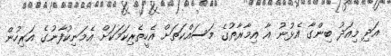
އަދި މިއަދު ބިންގާ އެޅުނު އާ އިމާރާތުގެ މަސައްކަތަށް އެހީތެރިކަމަކަށް އެމަނިކުފާނުގެ އަރިހުން